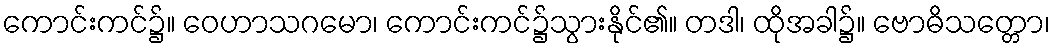
ကောင်းကင်၌။ ဝေဟာသဂမော၊ ကောင်းကင်၌သွားနိုင်၏။ တဒါ၊ ထိုအခါ၌။ ဗောဓိသတ္တော၊